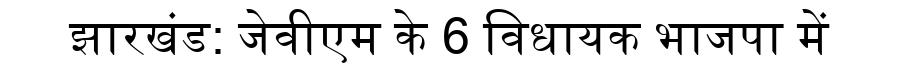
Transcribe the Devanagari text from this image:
झारखंड: जेवीएम के 6 विधायक भाजपा में